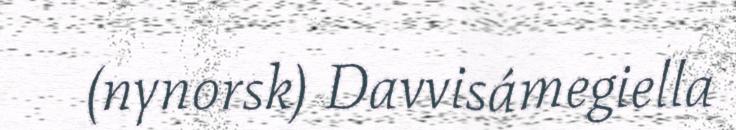
(nynorsk) Davvisámegiella